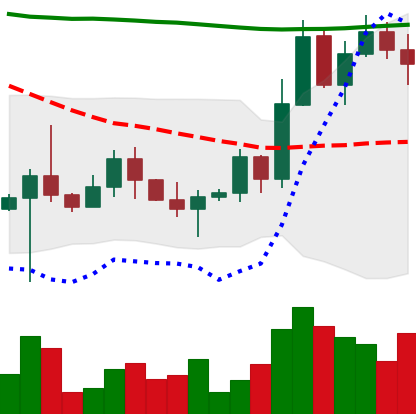
Ticker: BTC-USD
Chart end date: 2022-10-31
Forward return: 3.839%
Label: up_3_5